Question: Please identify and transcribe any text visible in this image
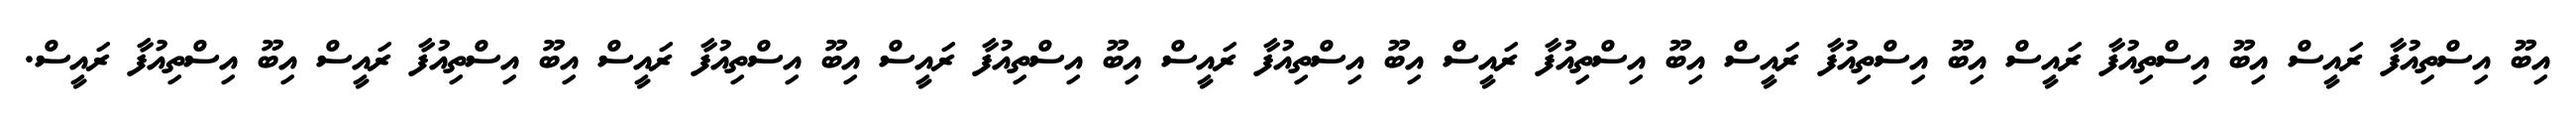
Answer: އިބޫ އިސްތިއުފާ ރައީސް އިބޫ އިސްތިއުފާ ރައީސް އިބޫ އިސްތިއުފާ ރައީސް އިބޫ އިސްތިއުފާ ރައީސް އިބޫ އިސްތިއުފާ ރައީސް އިބޫ އިސްތިއުފާ ރައީސް އިބޫ އިސްތިއުފާ ރައީސް އިބޫ އިސްތިއުފާ ރައީސް އިބޫ އިސްތިއުފާ ރައީސް.